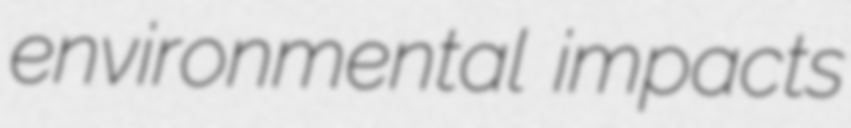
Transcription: environmental impacts